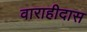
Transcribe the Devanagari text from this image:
वाराहीदास